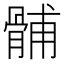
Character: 䯙